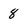
Character: 8